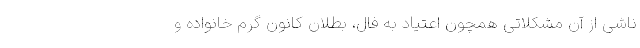
ناشی از آن مشکلاتی همچون اعتیاد به فال، بطلان کانون گرم خانواده و